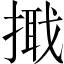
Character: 𢲦